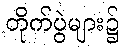
တိုက်ပွဲများ၌